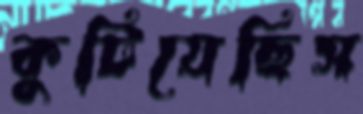
কুটিয়েছিস